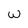
Character: w